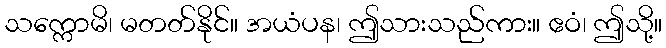
သက္ကောမိ၊ မတတ်နိုင်။ အယံပန၊ ဤသားသည်ကား။ ဧဝံ၊ ဤသို့။